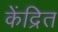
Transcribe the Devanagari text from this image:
केंद्रित